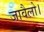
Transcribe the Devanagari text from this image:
जावैलो।